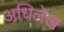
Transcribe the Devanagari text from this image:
अधिलेख